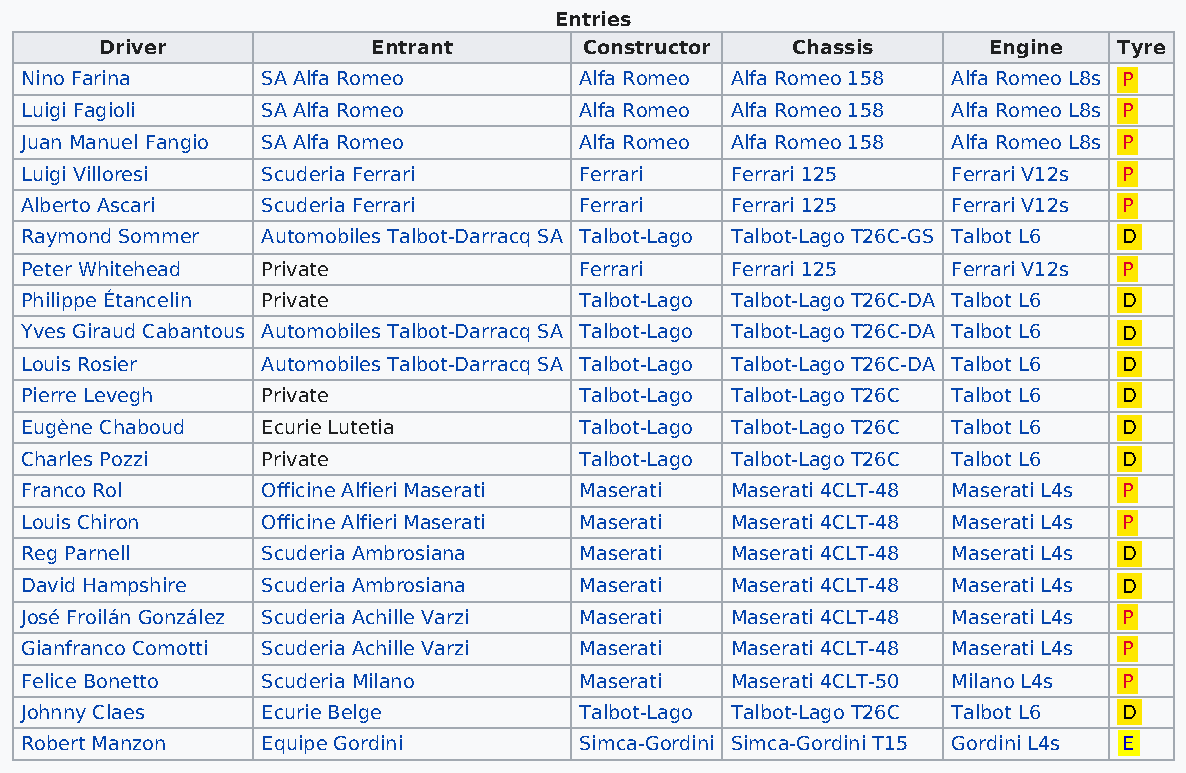
Entries
 Driver            Entrant       Constructor  Chassis      Engine   Tyre
 Nino Farina     SA Alfa Romeo        Alfa Romeo Alfa Romeo 158 Alfa Romeo L8s P
 Luigi Fagioli   SA Alfa Romeo        Alfa Romeo Alfa Romeo 158 Alfa Romeo L8s P
 Juan Manuel Fangio SA Alfa Romeo     Alfa Romeo Alfa Romeo 158 Alfa Romeo L8s P
 Luigi Villoresi Scuderia Ferrari     Ferrari   Ferrari 125    Ferrari V12s P
 Alberto Ascari  Scuderia Ferrari     Ferrari   Ferrari 125    Ferrari V12s P
 Raymond Sommer  Automobiles Talbot-Darracq SA Talbot-Lago Talbot-Lago T26C-GS Talbot L6 D
 Peter Whitehead Private              Ferrari   Ferrari 125    Ferrari V12s P
 Philippe Étancelin Private           Talbot-Lago Talbot-Lago T26C-DA Talbot L6 D
 Yves Giraud Cabantous Automobiles Talbot-Darracq SA Talbot-Lago Talbot-Lago T26C-DA Talbot L6 D
 Louis Rosier    Automobiles Talbot-Darracq SA Talbot-Lago Talbot-Lago T26C-DA Talbot L6 D
 Pierre Levegh   Private              Talbot-Lago Talbot-Lago T26C Talbot L6 D
 Eugène Chaboud  Ecurie Lutetia       Talbot-Lago Talbot-Lago T26C Talbot L6 D
 Charles Pozzi   Private              Talbot-Lago Talbot-Lago T26C Talbot L6 D
 Franco Rol      Officine Alfieri Maserati Maserati Maserati 4CLT-48 Maserati L4s P
 Louis Chiron    Officine Alfieri Maserati Maserati Maserati 4CLT-48 Maserati L4s P
 Reg Parnell     Scuderia Ambrosiana  Maserati  Maserati 4CLT-48 Maserati L4s D
 David Hampshire Scuderia Ambrosiana  Maserati  Maserati 4CLT-48 Maserati L4s D
 José Froilán González Scuderia Achille Varzi Maserati Maserati 4CLT-48 Maserati L4s P
 Gianfranco Comotti Scuderia Achille Varzi Maserati Maserati 4CLT-48 Maserati L4s P
 Felice Bonetto  Scuderia Milano      Maserati  Maserati 4CLT-50 Milano L4s P
 Johnny Claes    Ecurie Belge         Talbot-Lago Talbot-Lago T26C Talbot L6 D
 Robert Manzon   Equipe Gordini       Simca-Gordini Simca-Gordini T15 Gordini L4s E